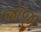
જોજી